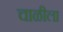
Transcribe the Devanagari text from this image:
चाळीला